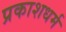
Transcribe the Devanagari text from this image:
प्रकाशधर्म